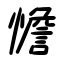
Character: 憺